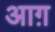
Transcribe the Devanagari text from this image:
आग़